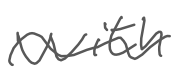
Text: with
Cross-out: wave
Writing tool: digital_gray